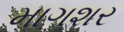
માગશર